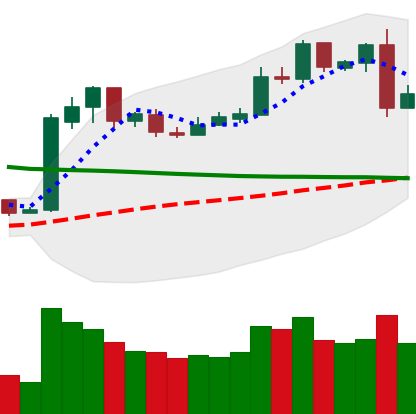
Ticker: LTC-USD
Chart end date: 2019-02-25
Forward return: 6.064%
Label: up_5_7